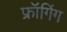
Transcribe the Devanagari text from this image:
फ्रॉगिंग